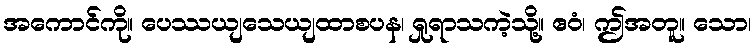
အကောင်ကို။ ပေဿယျသေယျထာစပန၊ ရှုရာသကဲ့သို့။ ဧဝံ၊ ဤအတူ။ သော၊